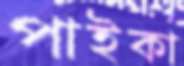
পাইকা